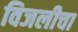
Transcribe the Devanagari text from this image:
विजलीचा